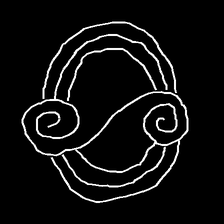
Glyph: wind-underfoot